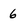
Character: 6